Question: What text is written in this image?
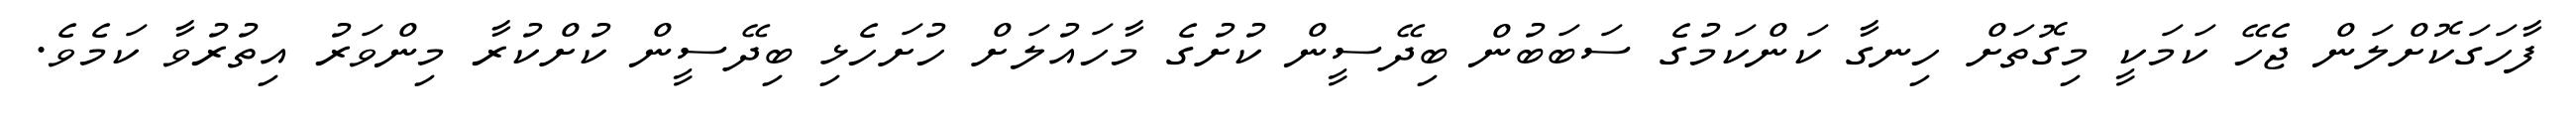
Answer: ފާހަގަކޮށްލަން ޖެހޭ ކަމަކީ މިގޮތަށް ހިނގާ ކަންކަމުގެ ސަބަބުން ބިދޭސީން ކުށުގެ މާހައުލަށް ހުށަހެޅި ބިދޭސީން ކުށްކުރާ މިންވަރު އިތުރުވާ ކަމެވެ.